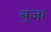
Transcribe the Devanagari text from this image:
बुजा